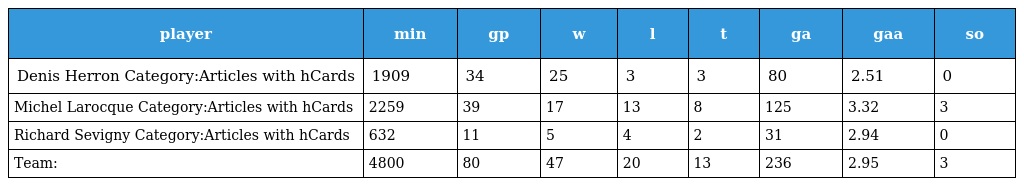
| player | min | gp | w | l | t | ga | gaa | so |
 | --- | --- | --- | --- | --- | --- | --- | --- | --- |
 | Denis Herron Category:Articles with hCards | 1909 | 34 | 25 | 3 | 3 | 80 | 2.51 | 0 |
 | Michel Larocque Category:Articles with hCards | 2259 | 39 | 17 | 13 | 8 | 125 | 3.32 | 3 |
 | Richard Sevigny Category:Articles with hCards | 632 | 11 | 5 | 4 | 2 | 31 | 2.94 | 0 |
 | Team: | 4800 | 80 | 47 | 20 | 13 | 236 | 2.95 | 3 |